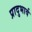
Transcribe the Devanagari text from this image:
प्रादुभार्व